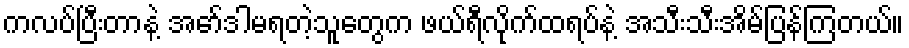
ကလပ်ပြီးတာနဲ့ အော်ဒါမရတဲ့သူတွေက ဖယ်ရီလိုက်ထရပ်နဲ့ အသီးသီးအိမ်ပြန်ကြတယ်။